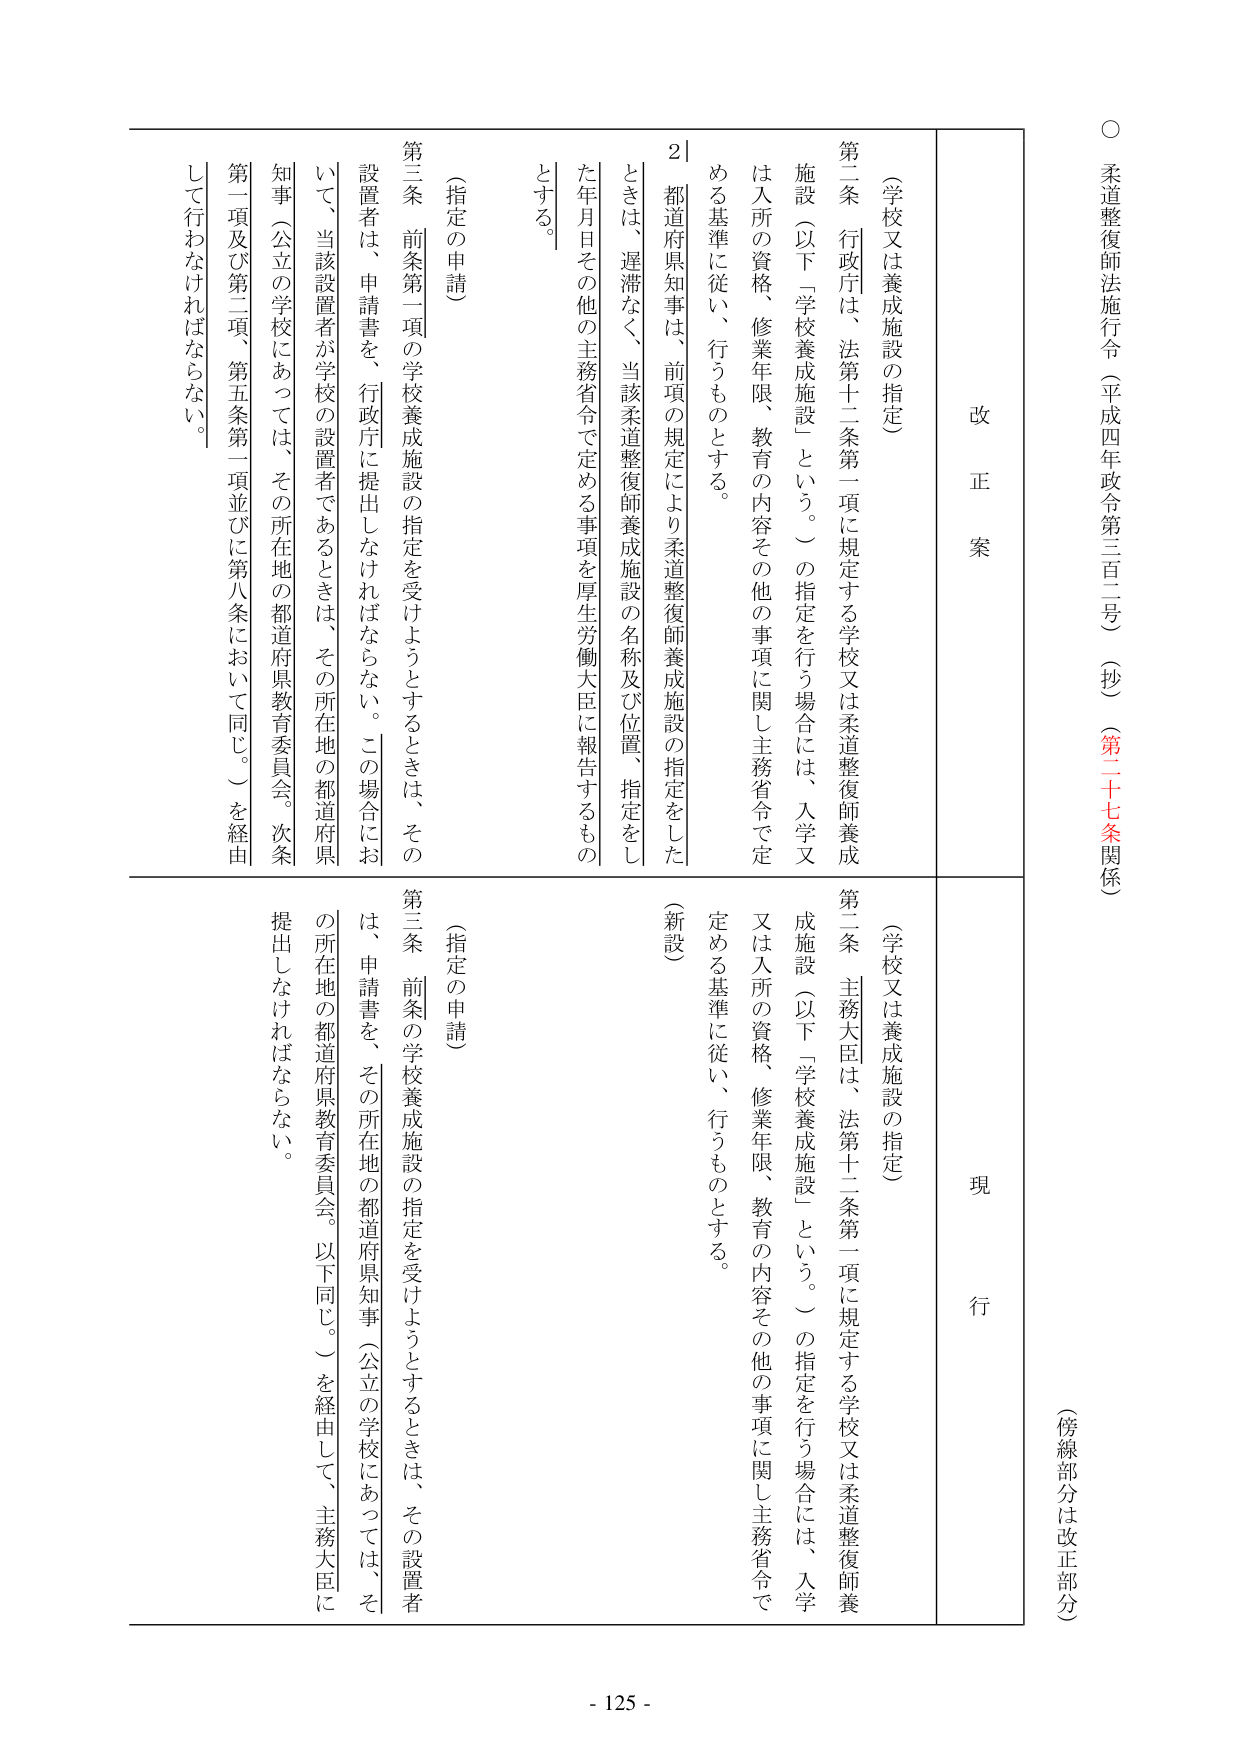
○ 柔道整復師法施行令（平成四年政令第三百二号）（抄）（第二十七条関係）

（傍線部分は改正部分）

改正案

（学校又は養成施設の指定）

第二条 行政庁は、法第十二条第一項に規定する学校又は柔道整復師養成施設（以下「学校養成施設」という。）の指定を行う場合には、入学又は入所の資格、修業年限、教育の内容その他の事項に関し主務省令で定める基準に従い、行うものとする。

２ 都道府県知事は、前項の規定により柔道整復師養成施設の指定をしたときは、遅滞なく、当該柔道整復師養成施設の名称及び位置、指定をした年月日その他の主務省令で定める事項を厚生労働大臣に報告するものとする。

（指定の申請）

第三条 前条第一項の学校養成施設の指定を受けようとするときは、その設置者は、申請書を、行政庁に提出しなければならない。この場合において、当該設置者が学校の設置者であるときは、その所在地の都道府県知事（公立の学校にあっては、その所在地の都道府県教育委員会。次条第一項及び第二項、第五条第一項並びに第八条において同じ。）を経由して行わなければならない。

現行

（学校又は養成施設の指定）

第二条 主務大臣は、法第十二条第一項に規定する学校又は柔道整復師養成施設（以下「学校養成施設」という。）の指定を行う場合には、入学又は入所の資格、修業年限、教育の内容その他の事項に関し主務省令で定める基準に従い、行うものとする。

（新設）

（指定の申請）

第三条 前条の学校養成施設の指定を受けようとするときは、その設置者は、申請書を、その所在地の都道府県知事（公立の学校にあっては、その所在地の都道府県教育委員会。以下同じ。）を経由して、主務大臣に提出しなければならない。

- 125 -